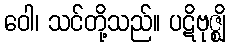
ဝေါ၊ သင်တို့သည်။ ပဋိဗုဇ္ဈိ